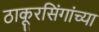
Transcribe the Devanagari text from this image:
ठाकूरसिंगांच्या